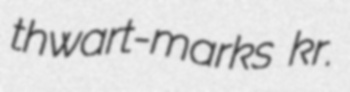
thwart-marks kr.